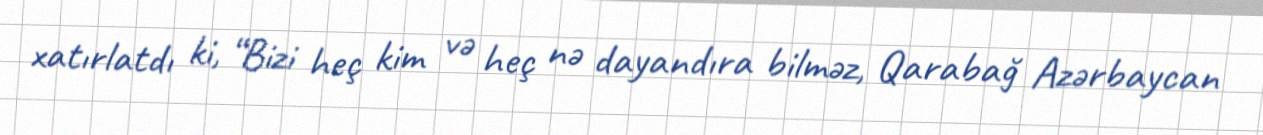
xatırlatdı ki, “Bizi heç kim və heç nə dayandıra bilməz, Qarabağ Azərbaycan